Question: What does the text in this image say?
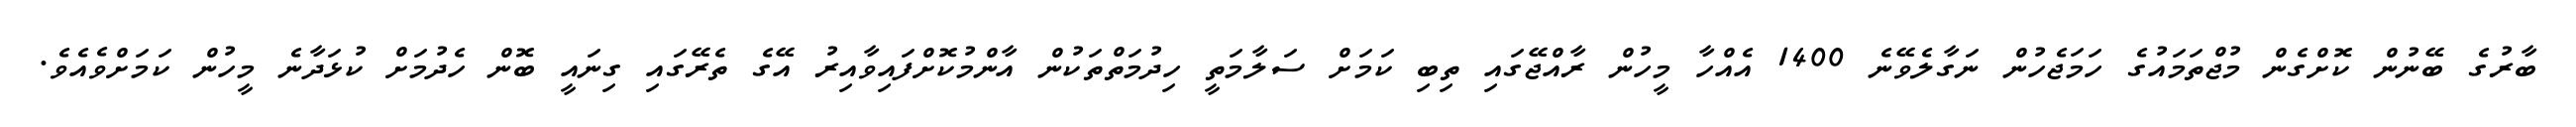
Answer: ބާރުގެ ބޭނުން ކޮށްގެން މުޖްތަމައުގެ ހަމަޖެހުން ނަގާލެވޭނެ 1400 އެއްހާ މީހުން ރާއްޖޭގައި ތިބި ކަމަށް ސަލާމަތީ ހިދުމަތްތަކުން އާންމުކޮށްފައިވާއިރު އޭގެ ތެރޭގައި ގިނައީ ބޮން ހެދުމަށް ކުޅަދާނެ މީހުން ކަމަށްވެއެވެ.